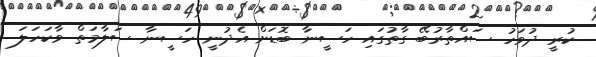
ކުރީ ދުވަހު ސައްތާރުބޭ ގާތުގައި ހަސީނާ ބޮޑަށް އެދުނީ ހަސީނާ ސަލާމަތް ވާކަހަލަ